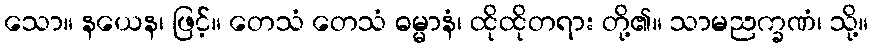
သော။ နယေန၊ ဖြင့်။ တေသံ တေသံ ဓမ္မာနံ၊ ထိုထိုတရား တို့၏။ သာမညက္ခဏံ၊ သို့။